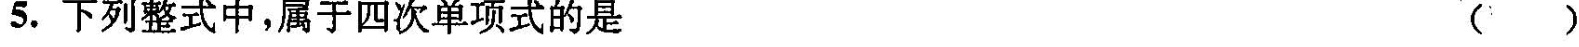
5.下列整式中，属于四次单项式的是( )